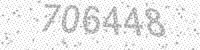
Solution: 706448